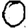
Digit: 0